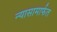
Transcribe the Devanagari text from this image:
न्यासामार्फत